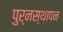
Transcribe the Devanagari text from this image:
पुर्नस्थापन